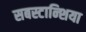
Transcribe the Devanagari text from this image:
सबस्टान्शिया